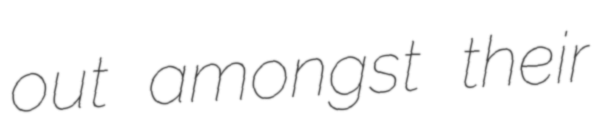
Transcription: out amongst their